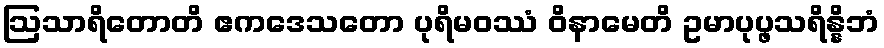
ဩသာရိတောတိ ဧကဒေသတော ပုရိမဝဿံ ဝိနာမေတိ ဥမာပုပ္ဖသရိန္နိဘံ